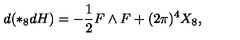
d ( \ast _ { 8 } d H ) = - \frac { 1 } { 2 } F \wedge F + ( 2 \pi ) ^ { 4 } X _ { 8 } ,